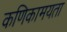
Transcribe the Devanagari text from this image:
कणिकामयता